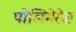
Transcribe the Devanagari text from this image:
पोलिमेरेज